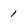
Character: 1